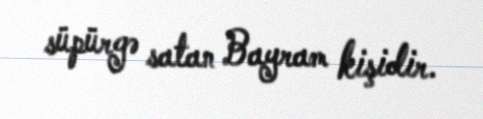
süpürgə satan Bayram kişidir.